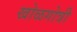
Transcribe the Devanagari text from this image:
खोळगोत्री